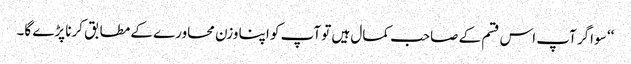
‘‘ سو اگر آپ اس قسم کے صاحب کمال ہیں تو آپ کو اپنا وزن محاورے کے مطابق کرنا پڑے گا۔